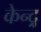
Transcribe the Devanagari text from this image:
केन्द्र्